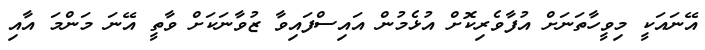
އޭނައަކީ މިވީހާތަނަށް އުފާވެރިކޮށް އުޅެމުން އައިސްފައިވާ ޒުވާނަކަށް ވާތީ އޭނަ މަންމަ އާއި